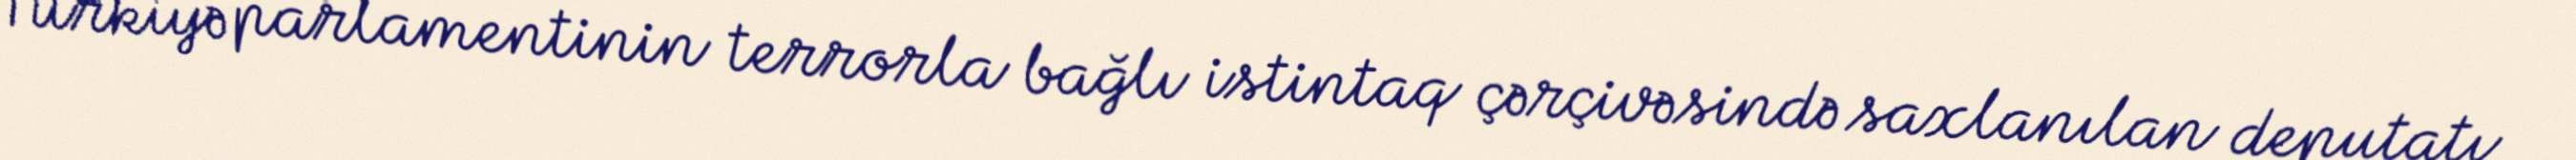
Türkiyə parlamentinin terrorla bağlı istintaq çərçivəsində saxlanılan deputatı